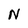
Character: N